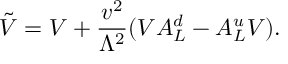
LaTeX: \tilde { V } = V + \frac { v ^ { 2 } } { \Lambda ^ { 2 } } ( V A _ { L } ^ { d } - A _ { L } ^ { u } V ) .